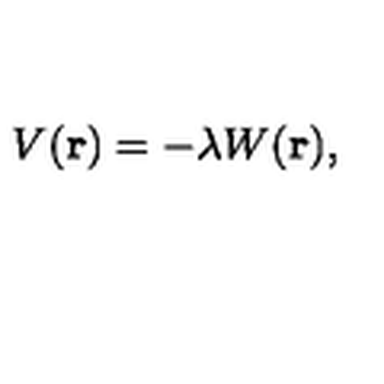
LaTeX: V ( { \bf r } ) = - \lambda W ( { \bf r } ) ,